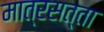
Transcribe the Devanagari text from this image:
मात्रसत्ता